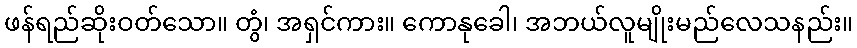
ဖန်ရည်ဆိုးဝတ်သော။ တွံ၊ အရှင်ကား။ ကောနုခေါ၊ အဘယ်လူမျိုးမည်လေသနည်း။